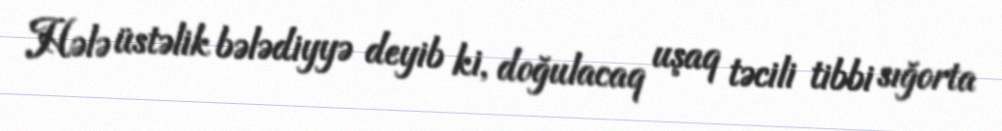
Hələ üstəlik bələdiyyə deyib ki, doğulacaq uşaq təcili tibbi sığorta